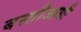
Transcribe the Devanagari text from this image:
बस्तीआधी